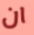
ان